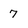
Character: 7